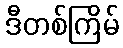
ဒီတစ်ကြိမ်